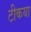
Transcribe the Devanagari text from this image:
टीकया